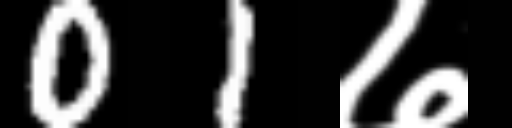
Text: 01७